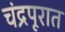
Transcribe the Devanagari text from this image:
चंद्रपूरात